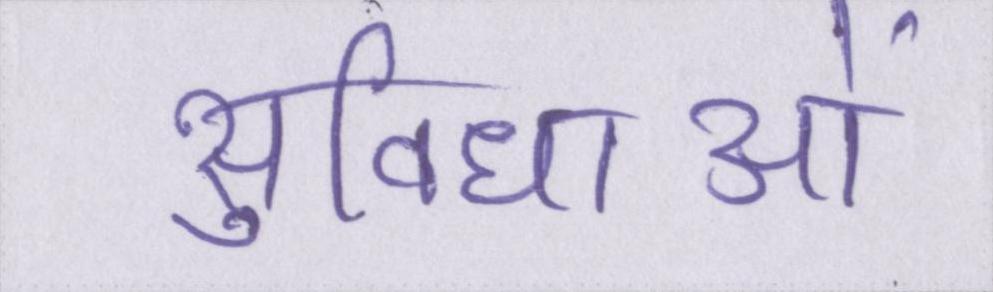
सुविधाओं